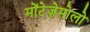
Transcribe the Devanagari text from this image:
मोंटेज़ेमोलो